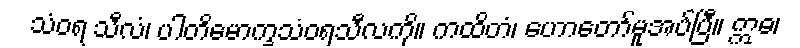
သံဝရ သီလံ၊ ပါတိမောက္ခသံဝရသီလကို။ ကထိတံ၊ ဟောတော်မူအပ်ပြီ။ ဣဓ၊